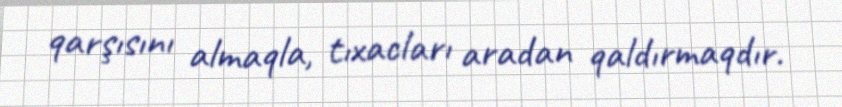
qarşısını almaqla, tıxacları aradan qaldırmaqdır.